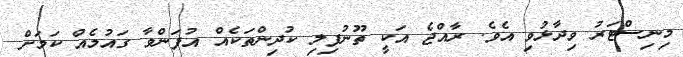
މިނިސްޓަރު ވިދާޅުވި އެވެ. ރާއްޖެ އަކީ ތޫނުފިލި ކުދިންތަކެއް އުފަންވާ ގައުމެއް ކަމަށް